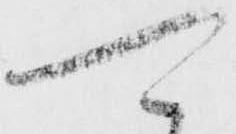
可